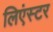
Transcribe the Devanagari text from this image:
लिएंस्टर